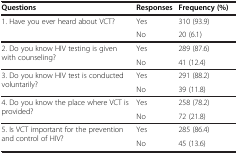
| Questions | Responses | Frequency (%) |
 | --- | --- | --- |
 | 1. Have you ever heard about VCT? | Yes | 310 (93.9) |
 |  | No | 20 (6.1) |
 | 2. Do you know HIV testing is given with counseling? | Yes | 289 (87.6) |
 |  | No | 41 (12.4) |
 | 3. Do you know HIV test is conducted voluntarily? | Yes | 291 (88.2) |
 |  | No | 39 (11.8) |
 | 4. Do you know the place where VCT is provided? | Yes | 258 (78.2) |
 |  | No | 72 (21.8) |
 | 5. Is VCT important for the prevention and control of HIV? | Yes | 285 (86.4) |
 |  | No | 45 (13.6) |